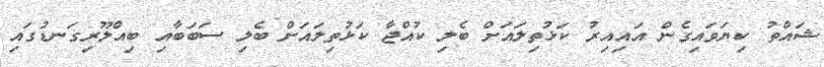
ޝައްތު ކިޔަވައިގެން އައިއިރު ކަޅުތިލައަށް ބެލި ކުއްޖާ ކަޅުތިލައަށް ބެލި ސަބަބާއި ބިއްލޫރިގަނޑުގައި